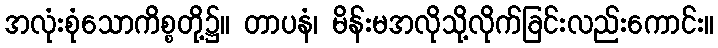
အလုံးစုံသောကိစ္စတို့၌။ တာပနံ၊ မိန်းမအလိုသို့လိုက်ခြင်းလည်းကောင်း။